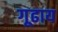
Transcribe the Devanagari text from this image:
गूढाय